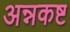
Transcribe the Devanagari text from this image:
अन्नकष्ट